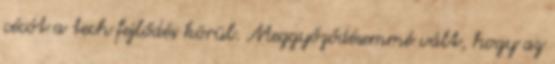
cécót a tech fejlődés körül. Meggyőződésemmé vált, hogy az